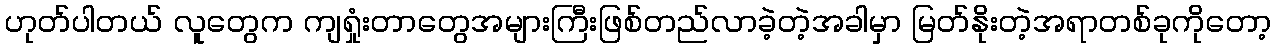
ဟုတ်ပါတယ် လူတွေက ကျရှုံးတာတွေအများကြီးဖြစ်တည်လာခဲ့တဲ့အခါမှာ မြတ်နိုးတဲ့အရာတစ်ခုကိုတော့